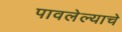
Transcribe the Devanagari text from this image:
पावलेल्याचे